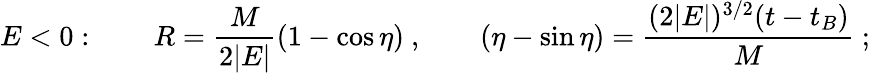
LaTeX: E<0:~~~~~~~~R={\frac{M}{2|E|}}(1-\cos\eta)~,~~~~~~~~(\eta-\sin\eta)={\frac{(2|E|)^{3/2}(t-t_{B})}{M}}~;